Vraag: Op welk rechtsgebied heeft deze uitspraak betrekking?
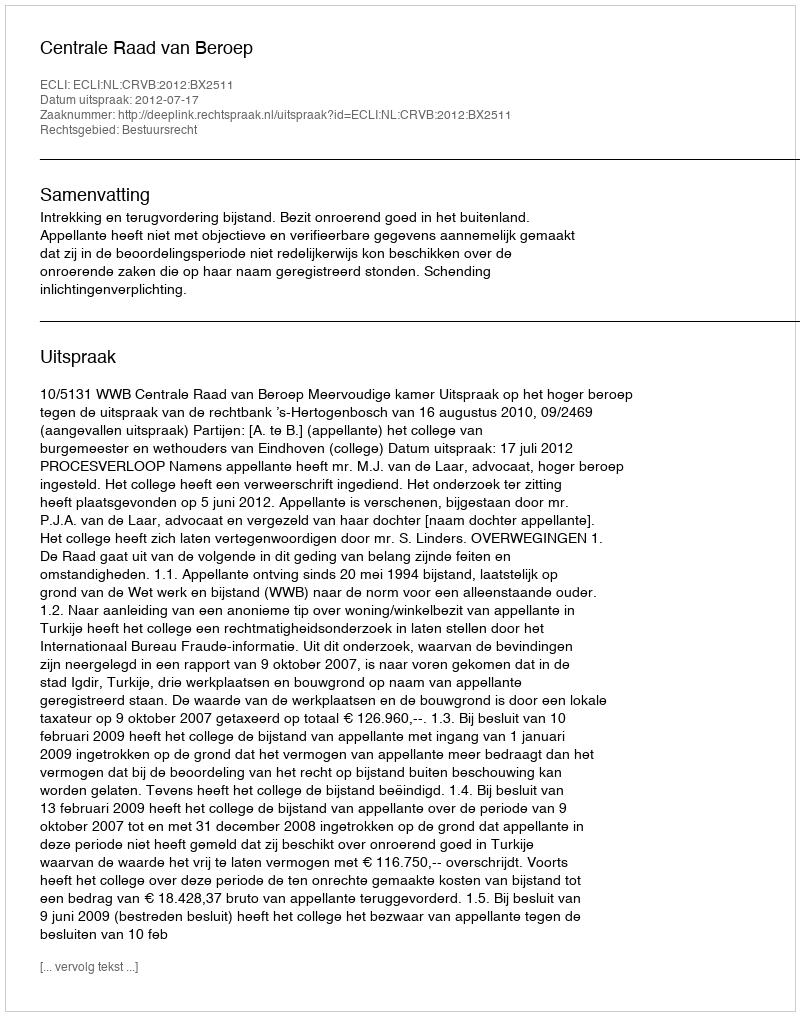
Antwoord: Bestuursrecht